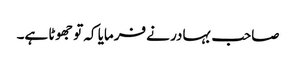
صاحب بہادر نے فرمایا کہ تو جھوٹا ہے۔